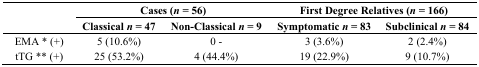
<table><thead><tr><td rowspan="2"></td><td colspan="2"><b>Cases (<i>n</i> = 56)</b></td><td colspan="2"><b>First Degree Relatives (<i>n</i> = 166)</b></td></tr><tr><td><b>Classical <i>n</i> = 47</b></td><td><b>Non-Classical <i>n</i> = 9</b></td><td><b>Symptomatic <i>n</i> = 83</b></td><td><b>Subclinical <i>n</i> = 84</b></td></tr></thead><tbody><tr><td>EMA * (+)</td><td>5 (10.6%)</td><td>0 -</td><td>3 (3.6%)</td><td>2 (2.4%)</td></tr><tr><td>tTG ** (+)</td><td>25 (53.2%)</td><td>4 (44.4%)</td><td>19 (22.9%)</td><td>9 (10.7%)</td></tr></tbody></table>